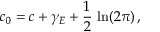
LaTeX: c _ { 0 } = c + \gamma _ { E } + \frac { 1 } { 2 } \, \ln ( 2 \pi ) \, ,